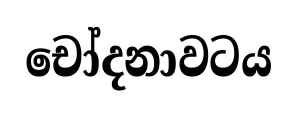
චෝදනාවටය